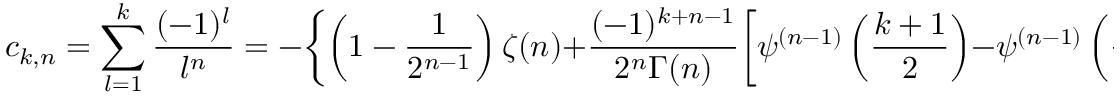
c _ { k , n } = \sum _ { l = 1 } ^ { k } \frac { ( - 1 ) ^ { l } } { l ^ { n } } = - \biggl \{ \left( 1 - \frac { 1 } { 2 ^ { n - 1 } } \right) \zeta ( n ) + \frac { ( - 1 ) ^ { k + n - 1 } } { 2 ^ { n } \Gamma ( n ) } \biggl [ \psi ^ { ( n - 1 ) } \left( \frac { k + 1 } { 2 } \right) - \psi ^ { ( n - 1 ) } \left( \frac { k } { 2 } + 1 \right) \biggr ] \biggr \}